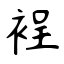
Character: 裎